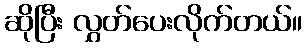
ဆိုပြီး လွှတ်ပေးလိုက်တယ်။